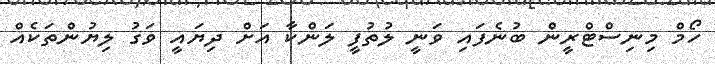
ހޯމް މިނިސްޓްރީން ބުނެފައި ވަނީ ލުތުފީ ލަންކާ އަށް ދިޔައީ ވަގު ލިޔުންތަކެއް